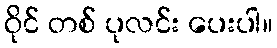
ဝိုင် တစ် ပုလင်း ပေးပါ။